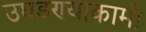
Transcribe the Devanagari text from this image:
उघडण्याकामी